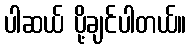
ပါဆယ် ပို့ချင်ပါတယ်။